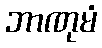
ဘာဏုမံ